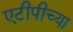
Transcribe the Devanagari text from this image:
एटीपीच्या